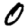
Digit: 0